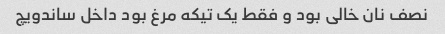
نصف نان خالی بود و فقط یک تیکه مرغ بود داخل ساندویچ